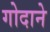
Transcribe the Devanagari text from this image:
गोदाने